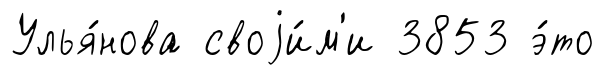
Улья́нова своjи́м'и 3853 э́то